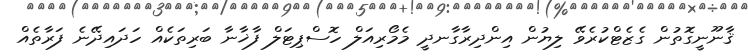
ޤާނޫނީގޮތުން ގެޒެޓްކުރެވޭ ލިޔުން އިންދިރާގާނދީ މެމޯރިއަލް ހޮސްޕިޓަލް ފާޚާނާ ބަރިތަކެއް ހަދައިދޭނެ ފަރާތެއް